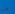
هل